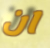
ان